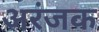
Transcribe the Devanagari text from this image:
अरंजक